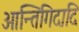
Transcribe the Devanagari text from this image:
आन्तिगिदादि